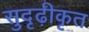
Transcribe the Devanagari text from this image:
सुदृढ़ीकृत